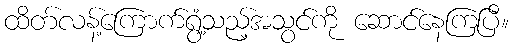
ထိတ်လန့်ကြောက်ရွံ့သည့်အသွင်ကို ဆောင်နေကြပြီ။